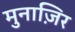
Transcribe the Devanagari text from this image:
मुनाज़िर